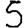
Digit: 5